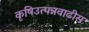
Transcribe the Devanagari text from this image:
कृषिउत्पन्नवाढीस